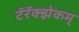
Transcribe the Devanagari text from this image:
टॅरॅक्झेकम्‌